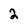
Character: 2